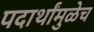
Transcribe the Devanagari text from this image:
पदार्थांमुळेच